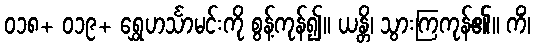
၀၁၈+ ၀၁၉+ ရွှေဟင်္သာမင်းကို စွန့်ကုန်၍။ ယန္တိ၊ သွားကြကုန်၏။ ကိံ၊